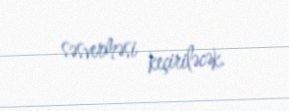
səsverməsi keçiriləcək.